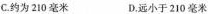
C.约为210毫米 D.远小于210毫米